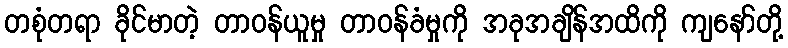
တစုံတရာ ခိုင်မာတဲ့ တာဝန်ယူမှု တာဝန်ခံမှုကို အခုအချိန်အထိကို ကျနော်တို့